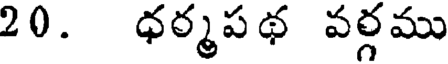
20. ధర్మపథ వర్గము